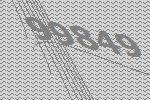
99849